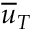
\overline { { u } } _ { T }